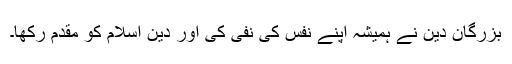
بزرگان دین نے ہمیشہ اپنے نفس کی نفی کی اور دین اسلام کو مقدم رکھا۔